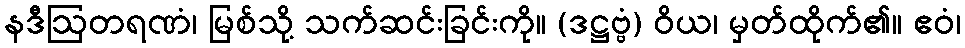
နဒီဩတရဏံ၊ မြစ်သို့ သက်ဆင်းခြင်းကို။ (ဒဋ္ဌဗ္ဗံ) ဝိယ၊ မှတ်ထိုက်၏။ ဧဝံ၊